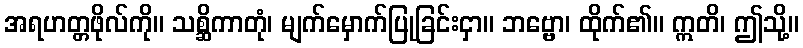
အရဟတ္တဖိုလ်ကို။ သစ္ဆိကာတုံ၊ မျက်မှောက်ပြုခြင်းငှာ။ ဘဗ္ဗော၊ ထိုက်၏။ ဣတိ၊ ဤသို့။